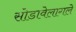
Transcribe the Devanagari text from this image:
सोडावेलागले